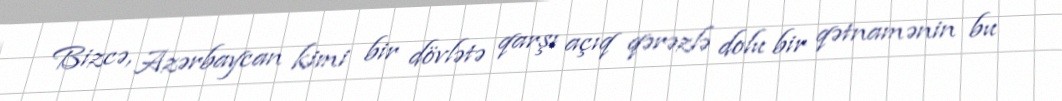
Bizcə, Azərbaycan kimi bir dövlətə qarşı açıq qərəzlə dolu bir qətnamənin bu